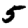
Digit: 5